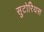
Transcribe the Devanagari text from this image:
सुटोरियस